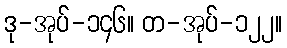
ဒု-အုပ်-၁၄၆။ တ-အုပ်-၁၂၂။